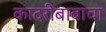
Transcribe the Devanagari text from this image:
कादरीबाबाचा